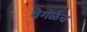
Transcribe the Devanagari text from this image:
वेगळंच